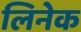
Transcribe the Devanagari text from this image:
लिनेक